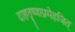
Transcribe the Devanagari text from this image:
दाहतृष्णाप्रमेहजित्‌